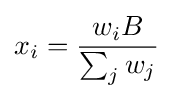
x_{i}={\frac {w_{i}B}{\sum _{j}w_{j}}}